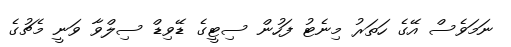
ނަމަވެސް އޭގެ ހަތަރު މިނެޓު ފަހުން ސިޓީގެ ޑޭވިޑް ސިލްވާ ވަނީ މެޗުގެ